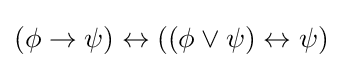
(\phi \to \psi )\leftrightarrow ((\phi \lor \psi )\leftrightarrow \psi )